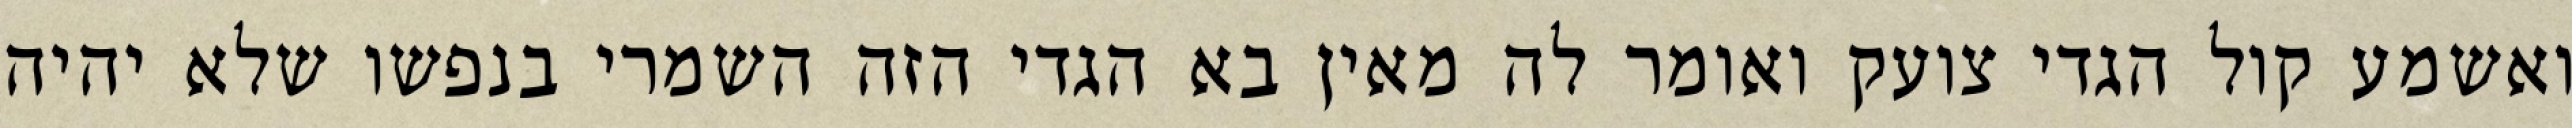
ואשמע קול הגדי צועק ואומר לה מאין בא הגדי הזה השמרי בנפשו שלא יהיה